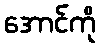
အောင်ကို